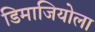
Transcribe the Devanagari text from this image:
डिमाजियोला